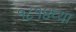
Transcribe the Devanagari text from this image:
१८१४च्या